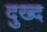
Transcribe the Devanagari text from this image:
दुख्द